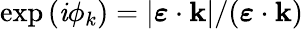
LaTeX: \exp{(\mathit{i}\phi_{k})}=|\boldsymbol{\varepsilon}\cdot\mathbf{{k}}|/(\boldsymbol{\varepsilon}\cdot\mathbf{{k}})